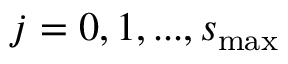
j = 0 , 1 , . . . , s _ { \mathrm { m a x } }